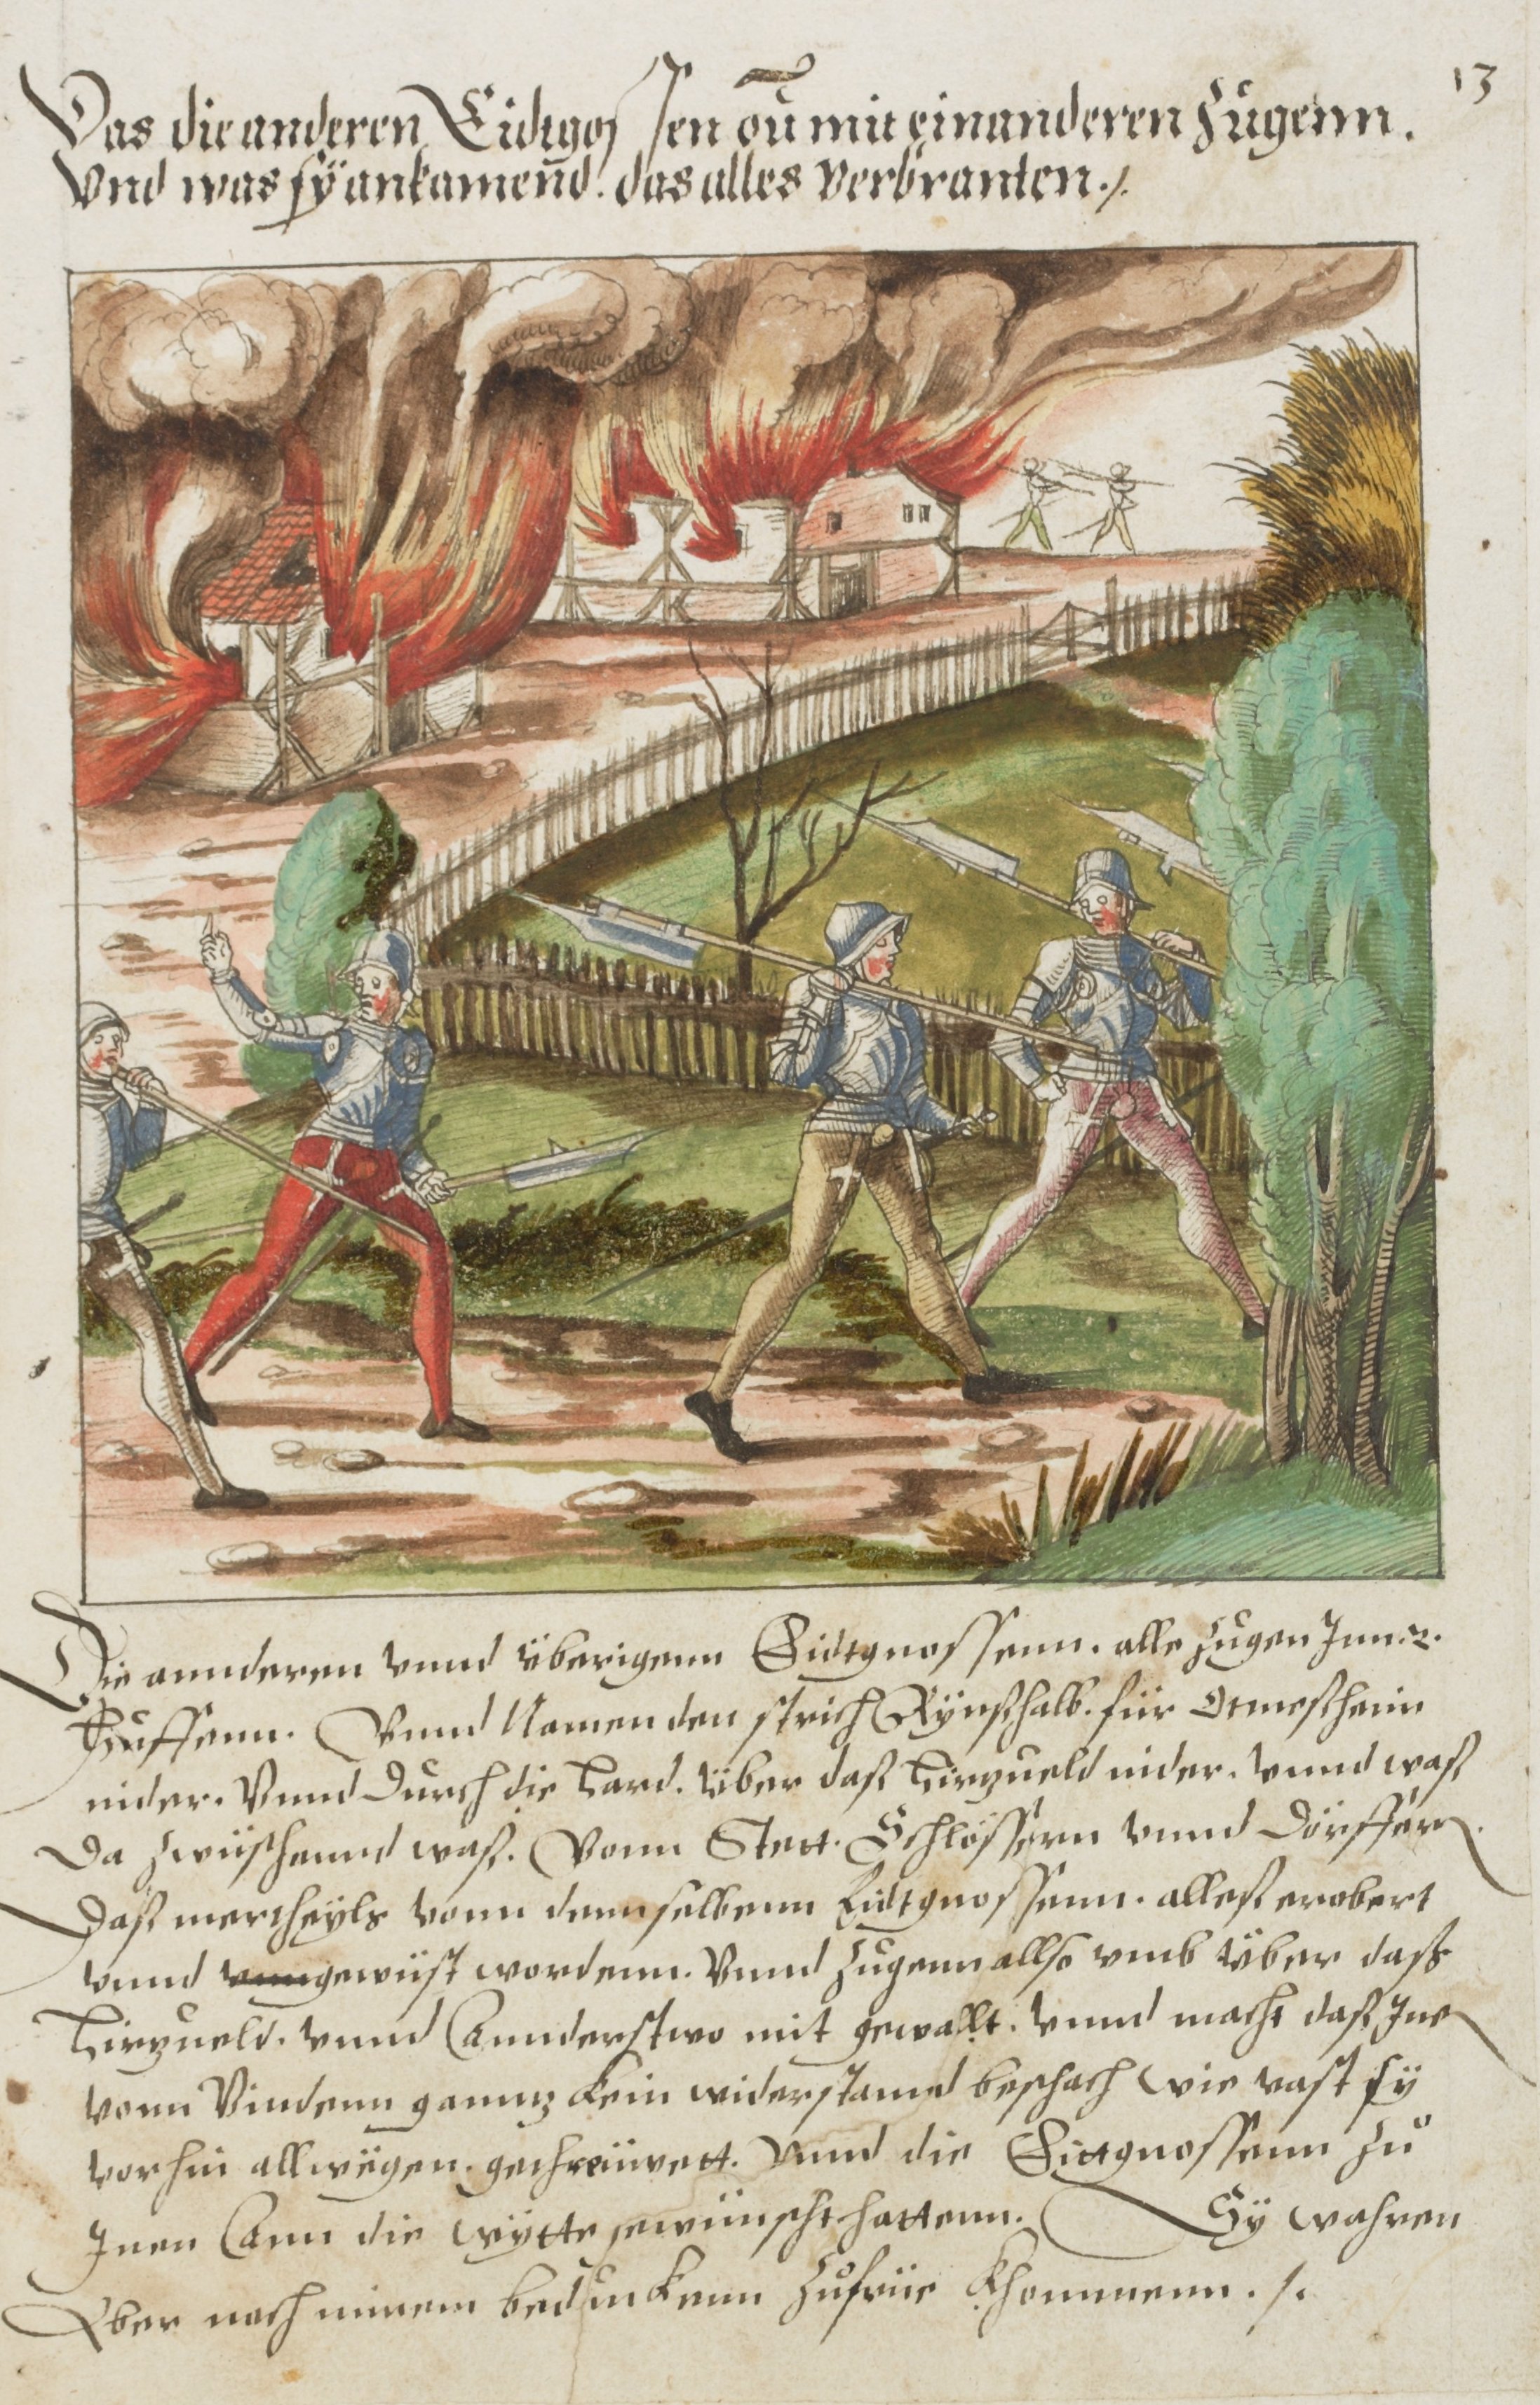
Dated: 1572–1572